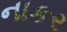
નાકર